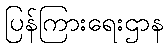
ပြန်ကြားရေးဌာန